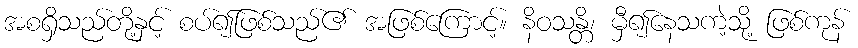
အစရှိသည်တို့နှင့် စပ်၍ဖြစ်သည်၏ အဖြစ်ကြောင့်။ နိဝသန္တိ၊ မှီ၍နေသကဲ့သို့ ဖြစ်ကုန်